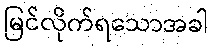
မြင်လိုက်ရသောအခါ